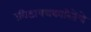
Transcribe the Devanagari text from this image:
क्रीडापत्रकारितेचे